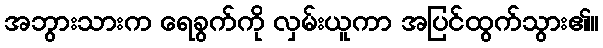
အဘွားသားက ရေခွက်ကို လှမ်းယူကာ အပြင်ထွက်သွား၏။